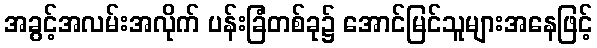
အခွင့်အလမ်းအလိုက် ပန်းခြံတစ်ခု၌ အောင်မြင်သူများအနေဖြင့်